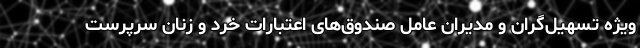
ویژه تسهیل‌گران و مدیران عامل صندوق‌های اعتبارات خرد و زنان سرپرست